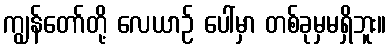
ကျွန်တော်တို့ လေယာဉ် ပေါ်မှာ တစ်ခုမှမရှိဘူး။